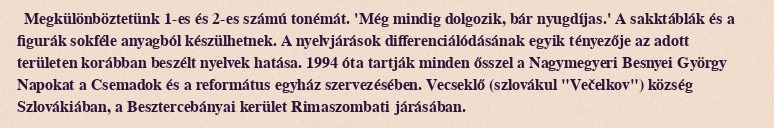
Megkülönböztetünk 1-es és 2-es számú tonémát. 'Még mindig dolgozik, bár nyugdíjas.' A sakktáblák és a figurák sokféle anyagból készülhetnek. A nyelvjárások differenciálódásának egyik tényezője az adott területen korábban beszélt nyelvek hatása. 1994 óta tartják minden ősszel a Nagymegyeri Besnyei György Napokat a Csemadok és a református egyház szervezésében. Vecseklő (szlovákul "Večelkov") község Szlovákiában, a Besztercebányai kerület Rimaszombati járásában.